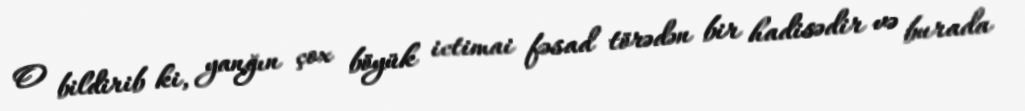
O bildirib ki, yanğın çox böyük ictimai fəsad törədən bir hadisədir və burada